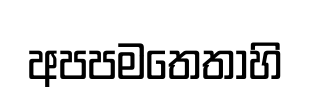
අපපමතෙතාහි